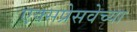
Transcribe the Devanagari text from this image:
एक्सप्रेसवेच्या